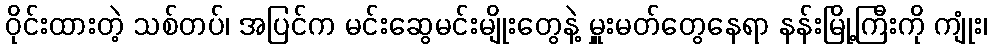
ဝိုင်းထားတဲ့ သစ်တပ်၊ အပြင်က မင်းဆွေမင်းမျိုးတွေနဲ့ မှူးမတ်တွေနေရာ နန်းမြို့ကြီးကို ကျုံး၊